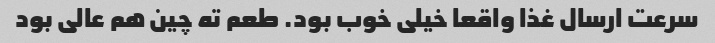
سرعت ارسال غذا واقعا خیلی خوب بود. طعم ته چین هم عالی بود